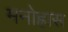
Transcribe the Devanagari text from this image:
मनोह्रास